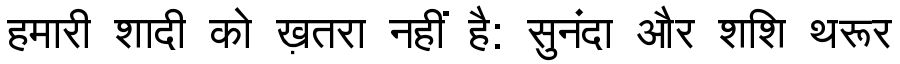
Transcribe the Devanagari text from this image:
हमारी शादी को ख़तरा नहीं है: सुनंदा और शशि थरूर